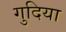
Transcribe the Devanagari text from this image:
गुदिया